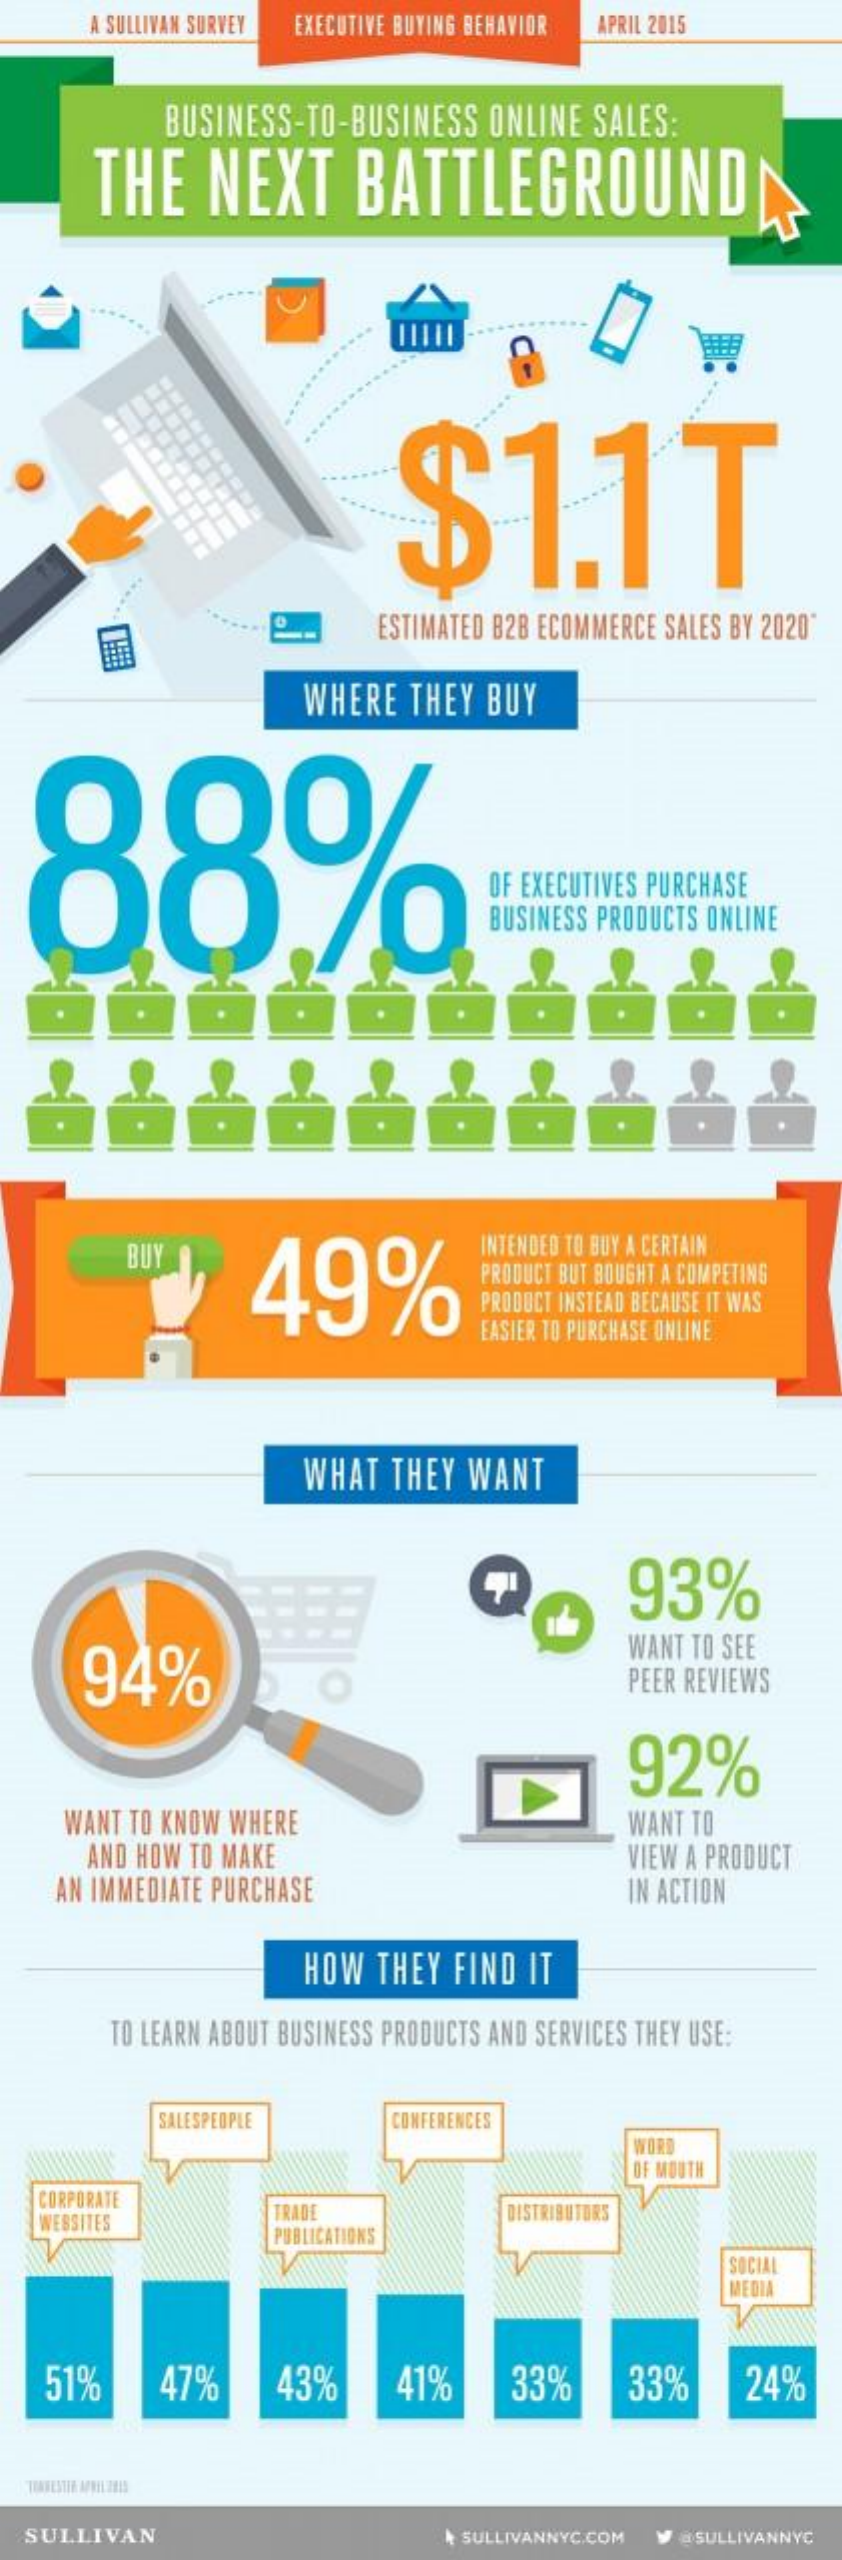
A SULLIVAN SURVEY EXECUTIVE BUYING BEHAVIOR APRIL 2015
     BUSINESS-TO-BUSINESS    ONLINE SALES:
     THE    NEXT    BATTLEGROUND
     $1.1T
     ESTIMATED B2B ECOMMERCE SALES BY 2020
     WHERE   THEY BUY
  88%
     OF EXECUTIVES PURCHASE
     BUSINESS PRODUCTS ONLINE
     BUY
     49%
     INTENDED TO BUY A CERTAIN
     PRODUCT BUT BOUGHT A COMPETING
     PRODUCT INSTEAD BECAUSE IT WAS
     EASIER TO PURCHASE ONLINE
     WHAT  THEY  WANT
     93%
     94%
     WANT TO SEE
     PEER REVIEWS
     92%
     WANT TO KNOW WHERE    WANT TO
     AND HOW TO MAKE
    AN IMMEDIATE PURCHASE
     VIEW A PRODUCT
     IN ACTION
     HOW  THEY  FIND  IT
     TO LEARN ABOUT BUSINESS PRODUCTS AND SERVICES THEY USE:
     SALESPEOPLE    CONFERENCES
     WORD
     OF MOUTH
   CORPORATE
    WEBSITES    TRADE
     PUBLICATIONS
     DISTRIBUTORS
     SOCIAL
     MEDIA
    51%    47%    43%    41%    33%    33%    24%
  SULLIVAN    SULLIVANNYC.COM W &SULLIVANNYC